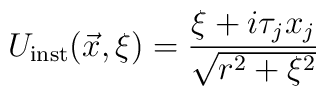
U_{\rm inst}(\vec{x},\xi)=\frac{\xi + i \tau_{j}x_{j}}{\sqrt{r^2+\xi^2}}